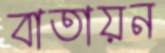
বাতায়ন